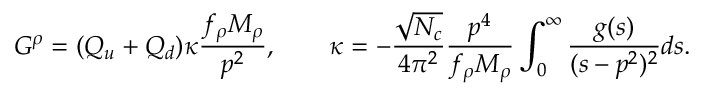
G ^ { \rho } = ( Q _ { u } + Q _ { d } ) \kappa \frac { f _ { \rho } M _ { \rho } } { p ^ { 2 } } , \qquad \kappa = - \frac { \sqrt { N _ { c } } } { 4 \pi ^ { 2 } } \frac { p ^ { 4 } } { f _ { \rho } M _ { \rho } } \int _ { 0 } ^ { \infty } \frac { g ( s ) } { ( s - p ^ { 2 } ) ^ { 2 } } d s .